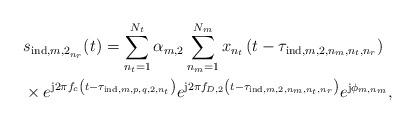
LaTeX: \begin{align*} &s_{{\textrm{ind},m,2}_{n_r}}(t) = \sum_{n_t=1}^{N_t}\alpha_{m, 2} \sum_{n_m=1}^{N_m}x_{n_t}\left(t-\tau_{\textrm{ind}, m, 2, n_m, n_t, n_r}\right) \\ &\times e^{\mathrm{j}2\pi{f_c}\left(t-\tau_{\textrm{ind}, m, p, q, 2, n_t}\right)}e^{\mathrm{j}2\pi{f_{D,2}}\left(t- \tau_{\textrm{ind}, m, 2, n_m, n_t, n_r}\right)}e^{\mathrm{j}{\phi_{m,n_m}}}, \end{align*}